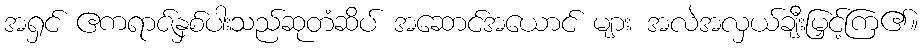
အရှင် ဧကရာဇ်နှစ်ပါးသည်ဆုတံဆိပ် အဆောင်အယောင် များ အလဲအလှယ်ချီးမြှင့်ကြ၏။